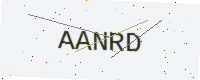
Text: AANRD